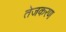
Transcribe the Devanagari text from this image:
तेजकरण